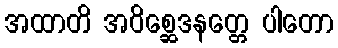
အထာတိ အဝိစ္ဆေဒနတ္တေ ပါတော